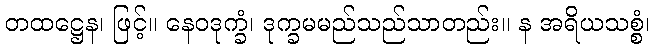
တထဋ္ဌေန၊ ဖြင့်။ နေဝဒုက္ခံ၊ ဒုက္ခမမည်သည်သာတည်း။ န အရိယသစ္စံ၊